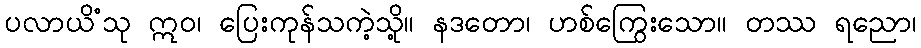
ပလာယိံသု ဣဝ၊ ပြေးကုန်သကဲ့သို့။ နဒတော၊ ဟစ်ကြွေးသော။ တဿ ရညော၊